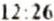
12:26